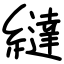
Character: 繨